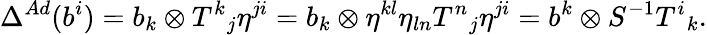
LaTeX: \Delta^{Ad}(b^{i})=b_{k}\otimes T^{k}{}_{j}\eta^{ji}=b_{k}\otimes\eta^{kl}\eta_{ln}T^{n}{}_{j}\eta^{ji}=b^{k}\otimes S^{-1}T^{i}{}_{k}.